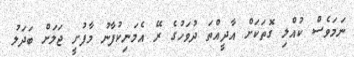
ނަމަވެސް ކުއްލި ގޮތަކަށް އާދީއްތަ ދުވަހުގެ ރޭ އެމަނިކުފާނު މާފުށީ ޖަލަށް ބަދަލު